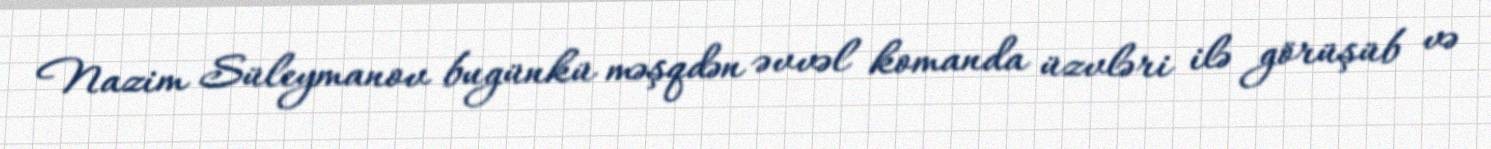
Nazim Süleymanov bugünkü məşqdən əvvəl komanda üzvləri ilə görüşüb və